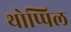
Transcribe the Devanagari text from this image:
थोप्पिल